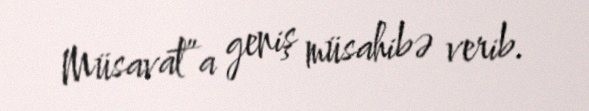
Müsavat”a geniş müsahibə verib.